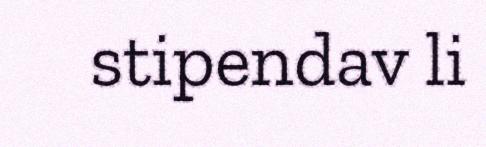
stipendav li